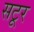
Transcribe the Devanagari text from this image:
सटूर